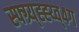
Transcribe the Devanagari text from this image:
स्फ्ग्र्य्ह्ह्य्व्४ग